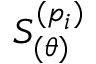
S _ { ( \theta ) } ^ { ( p _ { i } ) }